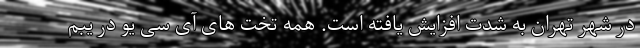
در شهر تهران به شدت افزایش یافته است. همه تخت های آی سی یو در یبم